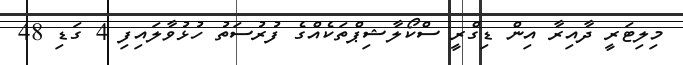
މިލިޓަރީ ދާއިރާ އިން ޑިގްރީ ސްކޯލާޝިޕްތަކެއްގެ ފުރުސަތު ހުޅުވާލައިފި 4 ގަޑި 48